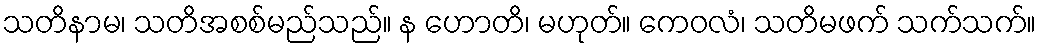
သတိနာမ၊ သတိအစစ်မည်သည်။ န ဟောတိ၊ မဟုတ်။ ကေဝလံ၊ သတိမဖက် သက်သက်။